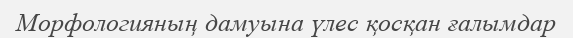
Морфологияның дамуына үлес қосқан ғалымдар